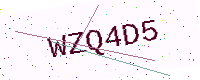
Text: WZQ4D5